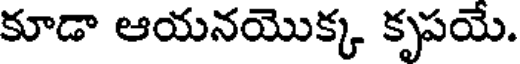
కూడా ఆయనయొక్క కృపయే.